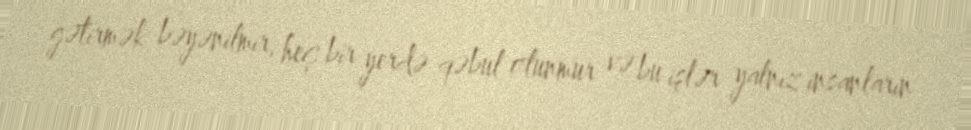
gətirmək bəyənilmir, heç bir yerdə qəbul olunmur və bu işlər yalnız insanların